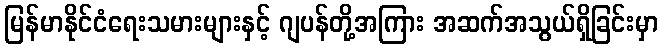
မြန်မာနိုင်ငံရေးသမားများနှင့် ဂျပန်တို့အကြား အဆက်အသွယ်ရှိခြင်းမှာ